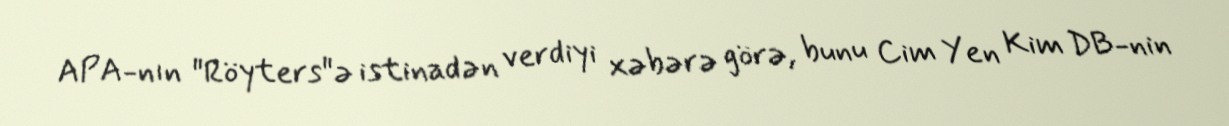
APA-nın "Röyters"ə istinadən verdiyi xəbərə görə, bunu Cim Yen Kim DB-nin